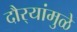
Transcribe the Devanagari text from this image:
दौर्‍यांमुळे